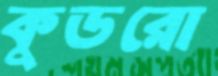
কুডরো